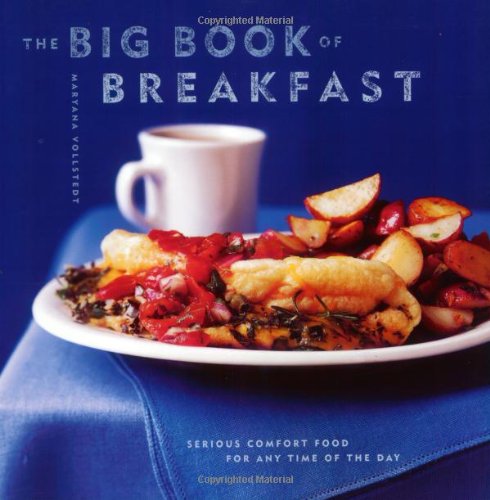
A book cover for The Big Book of Breakfast: Serious Comfort Food for Any Time of the Day; Maryana Vollstedt; Cookbooks, Food & Wine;